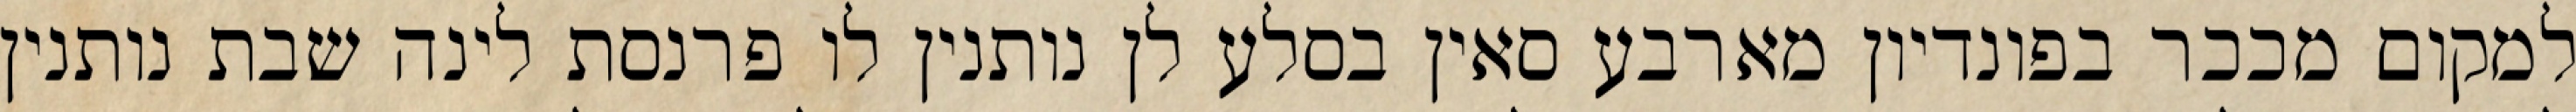
למקום מככר בפונדיון מארבע סאין בסלע לן נותנין לו פרנסת לינה שבת נותנין